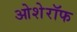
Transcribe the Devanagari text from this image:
ओशेरॉफ